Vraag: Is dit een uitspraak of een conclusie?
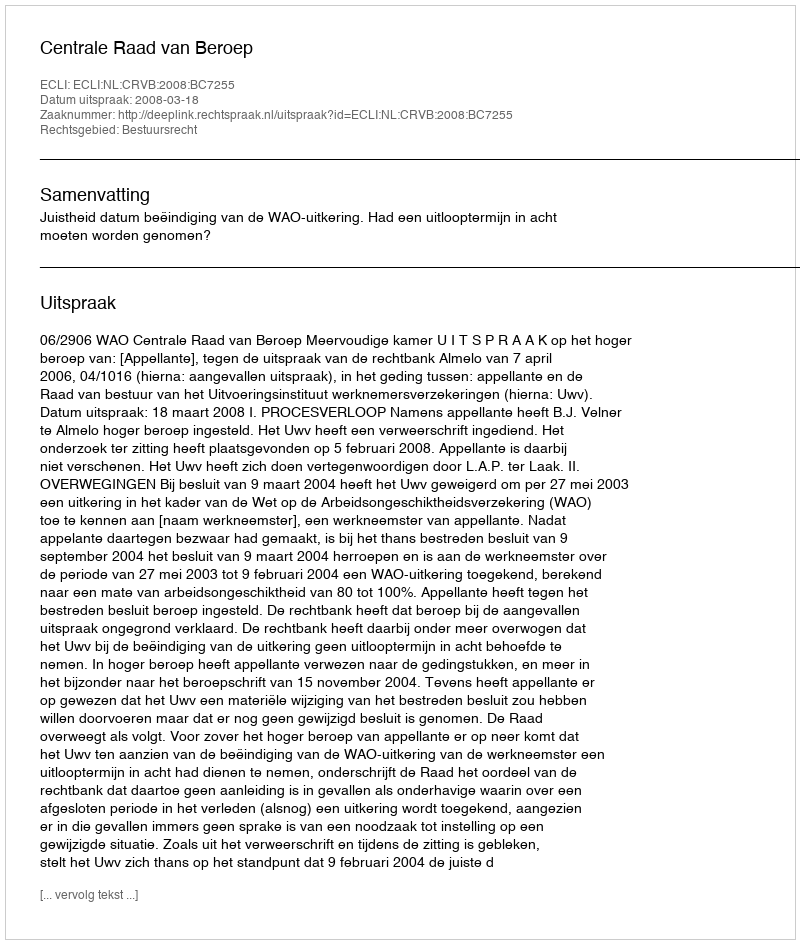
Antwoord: Uitspraak